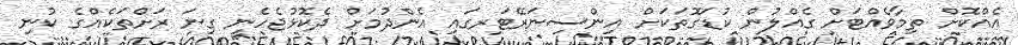
އެއްކޮށް ތިމާވެއްޓަށް ގެއްލުން ކުޑަގޮތަކަށް އިންސިނަރޭޓަރގައި އެންދުމަށް ދެކޮޅުޖެހެނީ ގިނަ ރަށްތަކެއްގެ ކުނި